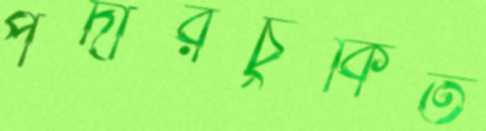
পর্দারচুকিত